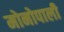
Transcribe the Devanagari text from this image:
मोनोपाली